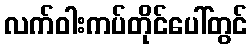
လက်ဝါးကပ်တိုင်ပေါ်တွင်